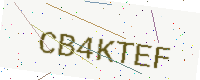
Text: CB4KTEF